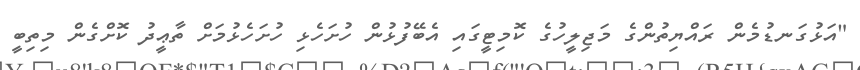
"އަޅުގަނޑުމެން ރައްޔިތުންގެ މަޖިލީހުގެ ކޮމިޓީގައި އެބޭފުޅުން ހުށަހެޅި ހުށަހެޅުމަށް ތާޢީދު ކޮށްގެން މިތިބީ